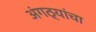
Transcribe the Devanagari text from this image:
अंगठ्यांचा